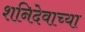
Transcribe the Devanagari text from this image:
शनिदेवाच्या